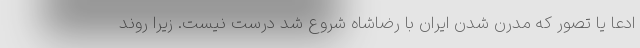
ادعا یا تصور که مدرن شدن ایران با رضاشاه شروع شد درست نیست. زیرا روند